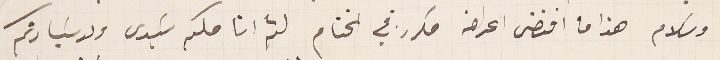
وسلام هذا ما اقتضى اعراضه مكرر في الختام لثم انامكىم سَيدى ولد سَيادتكم